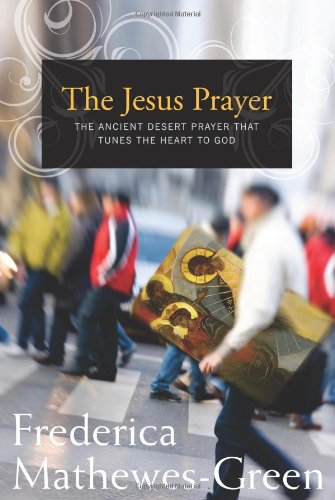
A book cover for The Jesus Prayer: The Ancient Desert Prayer that Tunes the Heart to God; Frederica Mathewes-Green; Christian Books & Bibles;